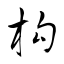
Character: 枸